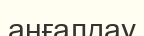
аңғалдау